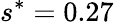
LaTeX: s^{*}=0.27